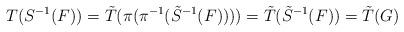
LaTeX: \begin{align*} T(S^{-1}(F)) = \tilde{T}(\pi(\pi^{-1}(\tilde{S}^{-1}(F)))) = \tilde{T}(\tilde{S}^{-1}(F)) = \tilde{T}(G)\end{align*}